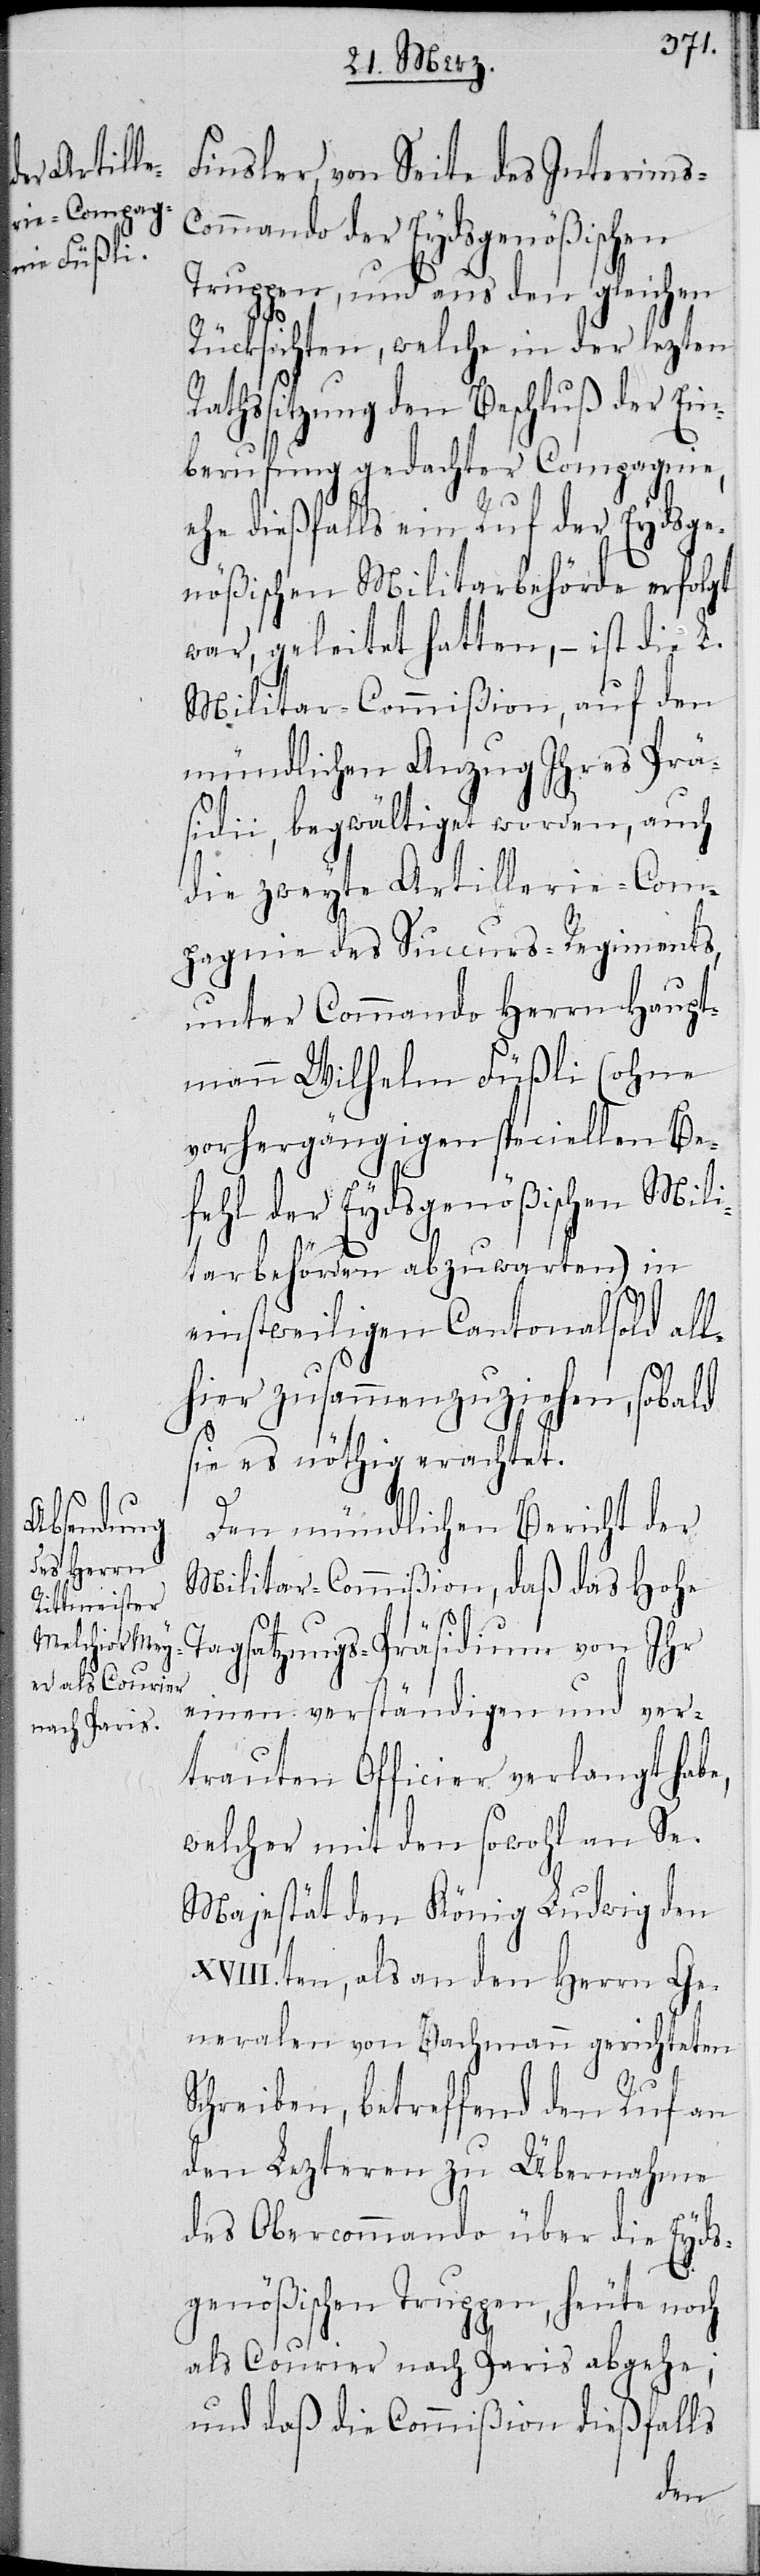
Finsler, von Seite des Interims-C¬
ommando der Eydsgenößischen
Truppen, und aus den gleichen
Rücksichten, welche in der lezten
Rathssitzung den Beschluß der Ein¬
berufung gedachter Compagnie,
ehe dießfalls ein Ruf der Eydsge¬
nößischen Militarbehörde erfolgt
war, geleitet hatten, – ist die L.
Militar-Commißion, auf den
mündlichen Anzug Ihres Präs¬
idii, begwältiget worden, auch
die zweyte Artillerie-Com¬
pagnie des Succurs-Regiments,
unter Commando Herrn Haupt¬
mann Wilhelm Füßli (ohne
vorhergängigen speciellen Be¬
fehl der Eydsgenößischen Mili¬
tarbehörden abzuwarten) in
einstweiligen Cantonalsold all¬
hier zusammenzuziehen, sobald
sie es nöthig erachtet.
Den mündlichen Bericht der
Militar-Commißion, daß das Hohe
Tagsatzungs-Präsidium von Ihr
einen verständigen und ver¬
trauten Officier verlangt hab¬
welcher mit den sowohl an Se.
Majestät den König Ludwig den
XVIII.ten, als an den Herrn Ge¬
neralen von Bachmann gerichteten
Schreiben, betreffend den Ruf an
den Lezteren zu Übernahme
des Obercommando über die Eyds¬
genößischen Truppen, heute noch
als Courier nach Paris abgehe;
und daß die Commißion dießfalls
e,